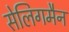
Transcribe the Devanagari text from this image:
सेलिगमैन